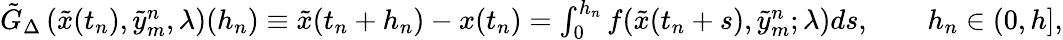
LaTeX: \begin{array}{r}{\tilde{G}_{\Delta}\left(\tilde{x}(t_{n}),\tilde{y}_{m}^{n},\lambda\right)(h_{n})\equiv\tilde{x}(t_{n}+h_{n})-x(t_{n})=\int_{0}^{h_{n}}f(\tilde{x}(t_{n}+s),\tilde{y}_{m}^{n};\lambda)ds,\qquad h_{n}\in(0,h],}\end{array}